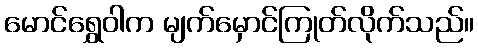
မောင်ရွှေဝါက မျက်မှောင်ကြုတ်လိုက်သည်။